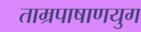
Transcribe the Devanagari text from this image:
ताम्रपाषाणयुग